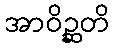
အာဝိဉ္ဆတိ